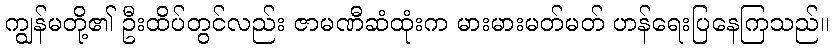
ကျွန်မတို့၏ ဦးထိပ်တွင်လည်း ဇာမဏီဆံထုံးက မားမားမတ်မတ် ဟန်ရေးပြနေကြသည်။